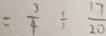
= \frac { 3 } { 4 } \div \frac { 1 7 } { 2 0 }